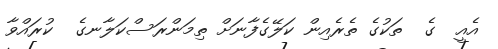
އެއީ  ގެ  ތަކުގެ ތެރެއިން ކަލޭގެފާނަށް ތިމަންރަސްކަލާނގެ  ކުރައްވާ